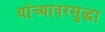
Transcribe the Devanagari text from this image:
यांच्यावरसुद्धा